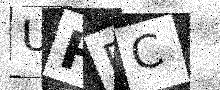
Text: UHPC